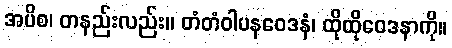
အပိစ၊ တနည်းလည်း။ တံတံဝါပနဝေဒနံ၊ ထိုထိုဝေဒနာကို။